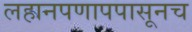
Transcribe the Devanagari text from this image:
लहानपणापपासूनच